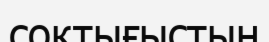
соқтығыстың